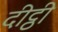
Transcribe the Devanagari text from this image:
दीट्ठी